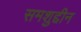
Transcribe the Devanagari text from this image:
समशुद्दीन